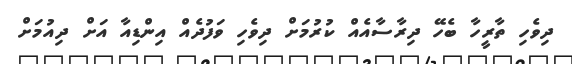
ދިވެހި ތާރީހާ ބެހޭ ދިރާސާއެއް ކުރުމަށް ދިވެހި ވަފުދެއް އިންޑިއާ އަށް ދިއުމަށް